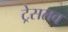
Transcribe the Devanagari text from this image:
ट्रेसलव